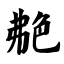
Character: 艴